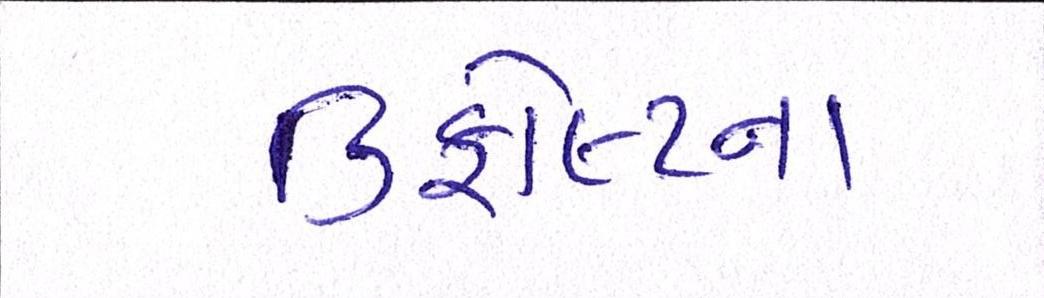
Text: ડિફોલ્ટના